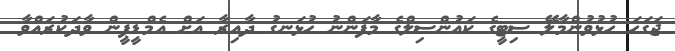
ޖަގަހަ ހުޅުވުންމާލޭ ސިޓީގެ ކައުންސިލްގެ މާފަންނު ހުޅަނގު ދާއިރާ އަށް އެމްޑީޕީން ވާދަކުރައްވާ